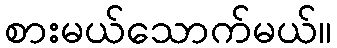
စားမယ်သောက်မယ်။